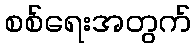
စစ်ရေးအတွက်